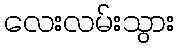
လေးလမ်းသွား